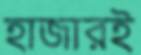
হাজারই